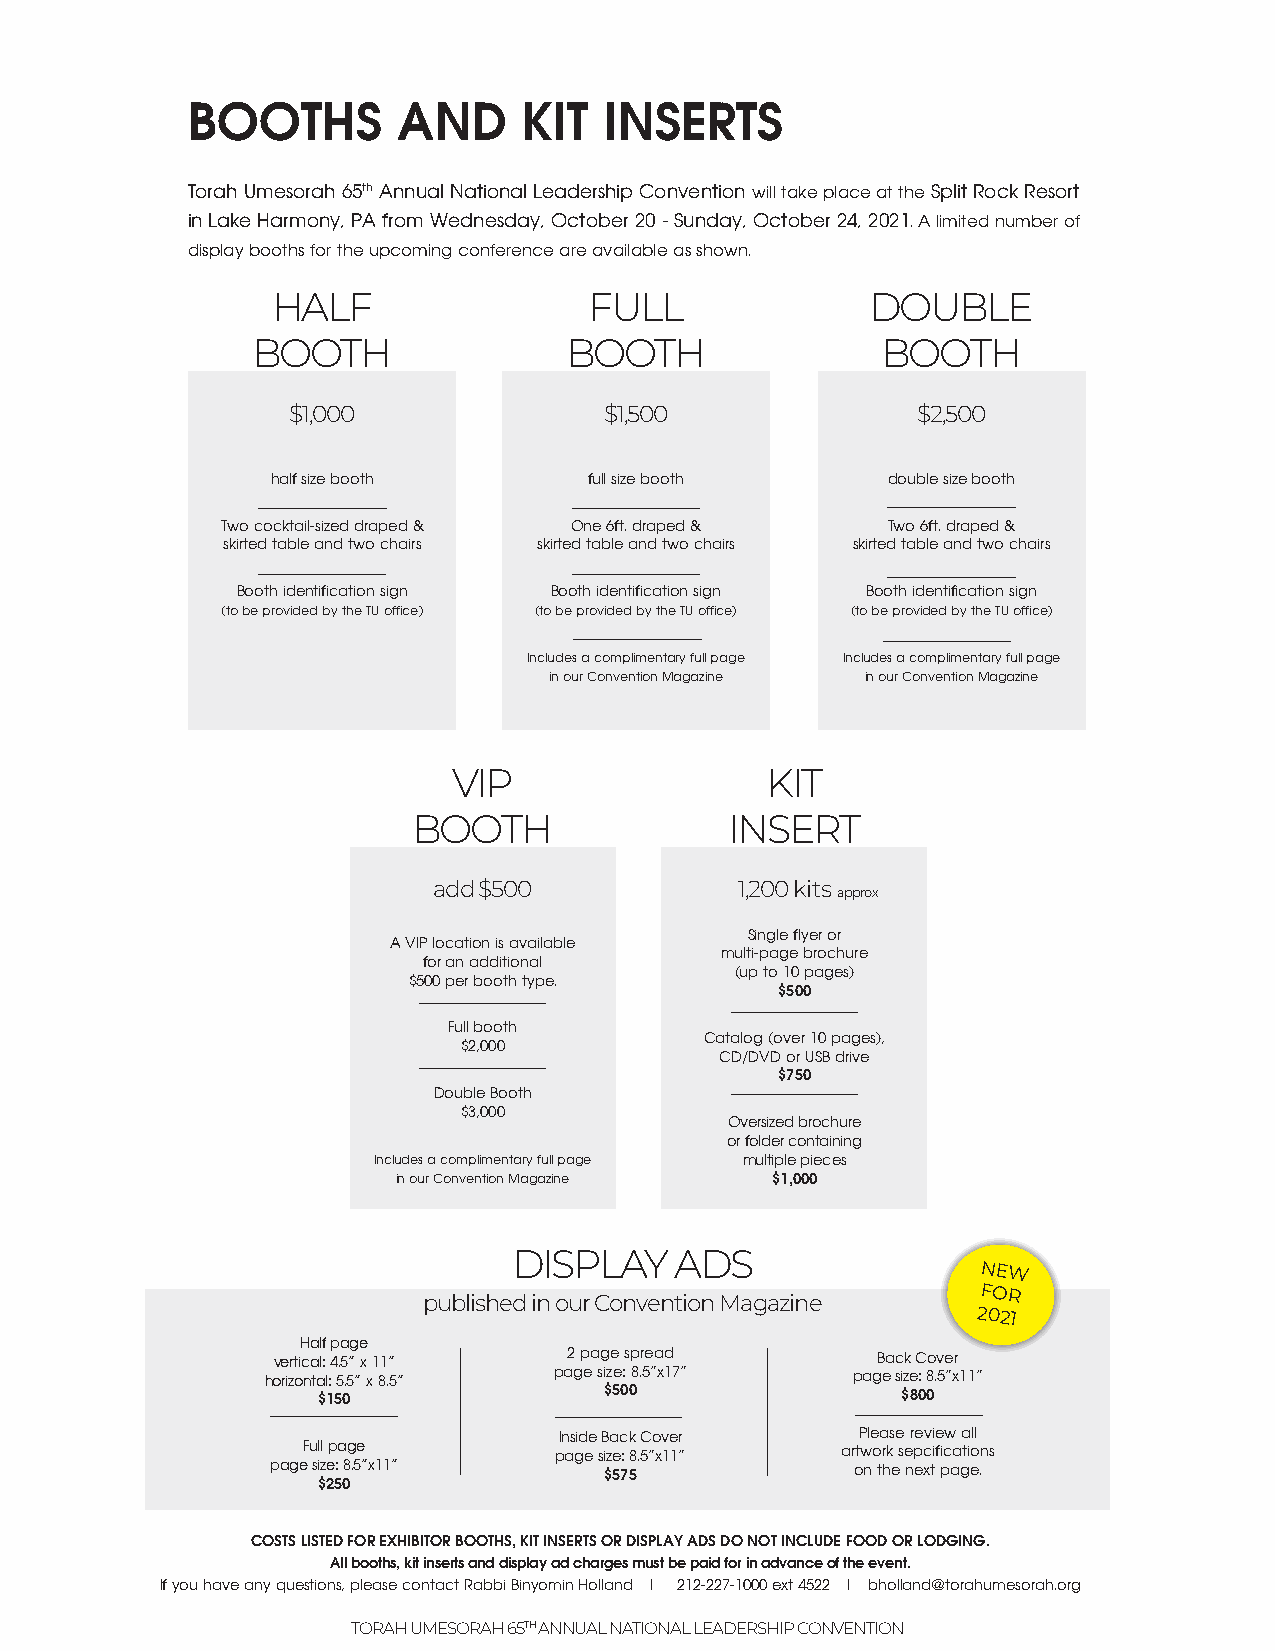
BOOTHS        AND      KIT  INSERTS
 Torah Umesorah 65th Annual National Leadership Convention will take place at the Split Rock Resort
 in Lake Harmony, PA from Wednesday, October 20 - Sunday, October 24, 2021. A limited number of
 display booths for the upcoming conference are available as shown.
 HALF                 FULL               DOUBLE
 BOOTH               BOOTH                BOOTH
 $1,000               $1,500               $2,500
 half size booth      full size booth     double size booth
 Two cocktail-sized draped & One 6ft. draped & Two 6ft. draped &
 skirted table and two chairs skirted table and two chairs skirted table and two chairs
 Booth identification sign Booth identification sign Booth identification sign
 (to be provided by the TU office) (to be provided by the TU office) (to be provided by the TU office)
 Includes a complimentary full page Includes a complimentary full page
 in our Convention Magazine in our Convention Magazine
 VIP                  KIT
 BOOTH                INSERT
 add $500            1,200 kits
 approx
 Single flyer or
 A VIP location is available
 multi-page brochure
 for an additional
 (up to 10 pages)
 $500 per booth type.
 $500
 Full booth
 Catalog (over 10 pages),
 $2,000
 CD/DVD or USB drive
 $750
 Double Booth
 $3,000
 Oversized brochure
 or folder containing
 Includes a complimentary full page multiple pieces
 in our Convention Magazine $1,000
 DISPLAY    ADS
 NEW
 published in our Convention Magazine
 FOR
 2021
 Half page
 vertical: 4.5” x 11” 2 page spread      Back Cover
 horizontal: 5.5” x 8.5” page size: 8.5”x17” page size: 8.5”x11”
 $150               $500                $800
 Inside Back Cover   Please review all
 Full page        page size: 8.5”x11” artwork sepcifications
 page size: 8.5”x11”   $575             on the next page.
 $250
 COSTS LISTED FOR EXHIBITOR BOOTHS, KIT INSERTS OR DISPLAY ADS DO NOT INCLUDE FOOD OR LODGING.
 All booths, kit inserts and display ad charges must be paid for in advance of the event.
 If you have any questions, please contact Rabbi Binyomin Holland | 212-227-1000 ext 4522 | bholland@torahumesorah.org
 TORAH UMESORAH 65TH ANNUAL NATIONAL LEADERSHIP CONVENTION